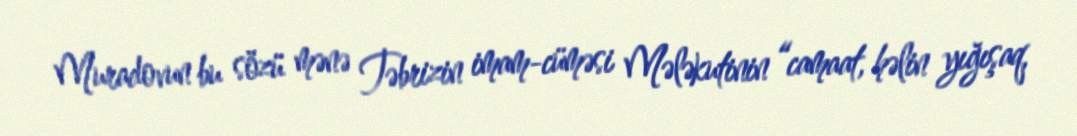
Muradovun bu sözü mənə Təbrizin imam-cüməsi Mələkutinin “camaat, həlin yığışaq,